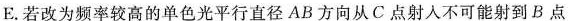
E.若改为频率较高的单色光平行直径AB方向从C点射人不可能射到B点